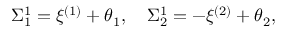
\Sigma _ { 1 } ^ { 1 } = \xi ^ { ( 1 ) } + \theta _ { 1 } , \quad \Sigma _ { 2 } ^ { 1 } = - \xi ^ { ( 2 ) } + \theta _ { 2 } ,